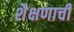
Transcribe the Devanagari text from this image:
शैक्षणाची